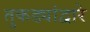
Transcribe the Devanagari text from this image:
तुकड्यांद्वारे